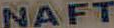
NAFT